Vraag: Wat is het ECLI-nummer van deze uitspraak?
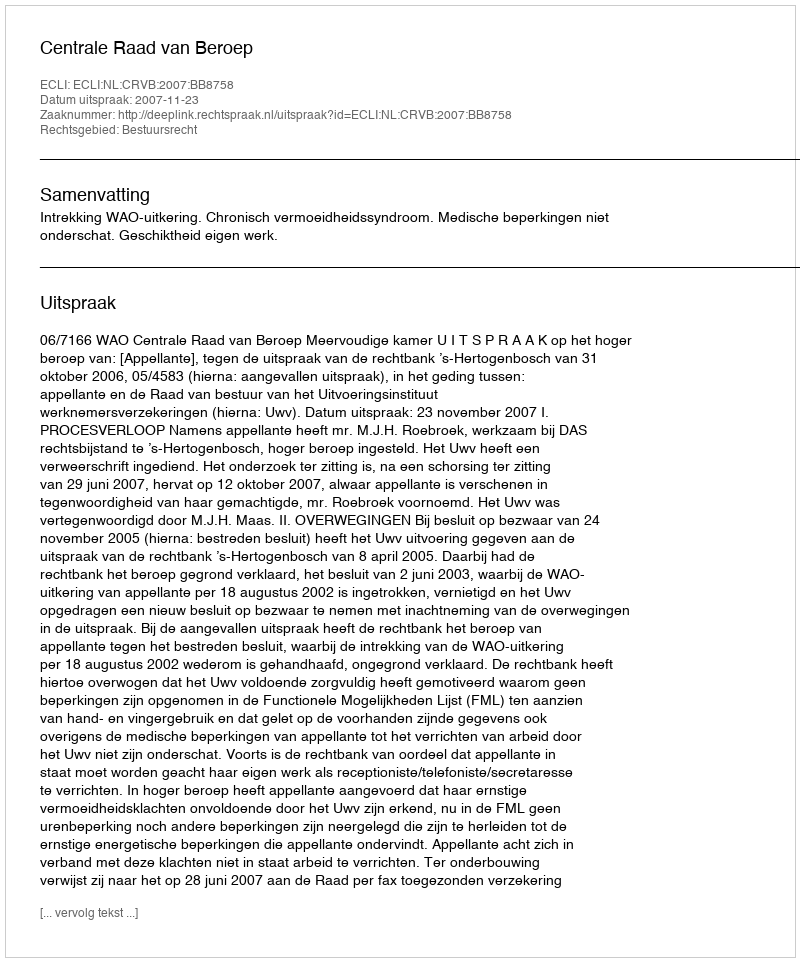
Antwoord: ECLI:NL:CRVB:2007:BB8758